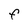
Character: F